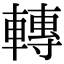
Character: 轉